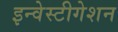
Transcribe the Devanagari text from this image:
इन्वेस्टीगेशन